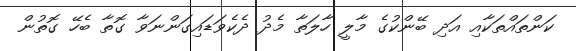
ކަންތައްތަކާއި އަދި ބޭންކުގެ މާލީ ހާލަތާ މެދު ދެކެވަޑައިގަންނަވާ ގޮތާ ބެހޭ ގޮތުން